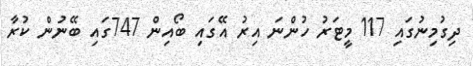
ދިގުމިނުގައި 117 މީޓަރު ހުންނަ އިރު އޭގައި ބޯއިން 747ގައި ބޭނުން ކުރާ